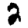
Digit: 2